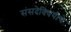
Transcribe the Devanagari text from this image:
संसदेविषयीचे